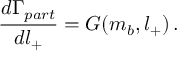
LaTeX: \frac { d \Gamma _ { p a r t } } { d l _ { + } } = G ( m _ { b } , l _ { + } ) \, .